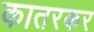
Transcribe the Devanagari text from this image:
कातरकर